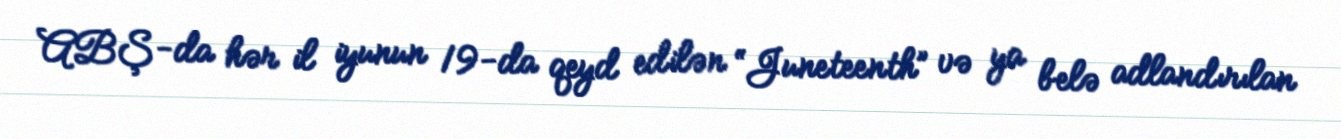
ABŞ-da hər il iyunun 19-da qeyd edilən “Juneteenth” və ya belə adlandırılan